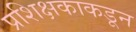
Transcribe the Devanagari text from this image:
प्रशिक्षकाकडून